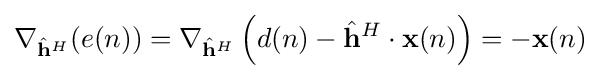
\nabla _{{\hat {\mathbf {h} }}^{H}}(e(n))=\nabla _{{\hat {\mathbf {h} }}^{H}}\left(d(n)-{\hat {\mathbf {h} }}^{H}\cdot \mathbf {x} (n)\right)=-\mathbf {x} (n)